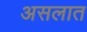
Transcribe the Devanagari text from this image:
असलात